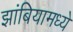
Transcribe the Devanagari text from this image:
झांबियामध्ये